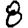
Digit: 8